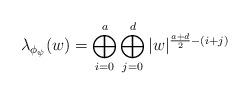
LaTeX: \begin{align*}\lambda_{\phi_{\psi}}(w)= \bigoplus_{i=0}^{a}\bigoplus_{j=0}^{d} |w|^{\frac{a+d}{2}-(i+j)} \end{align*}